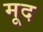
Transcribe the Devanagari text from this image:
मूद